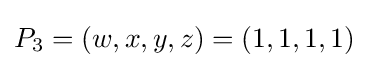
P_{3}=(w,x,y,z)=(1,1,1,1)